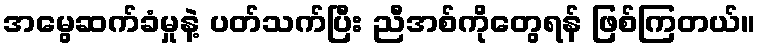
အမွေဆက်ခံမှုနဲ့ ပတ်သက်ပြီး ညီအစ်ကိုတွေရန် ဖြစ်ကြတယ်။